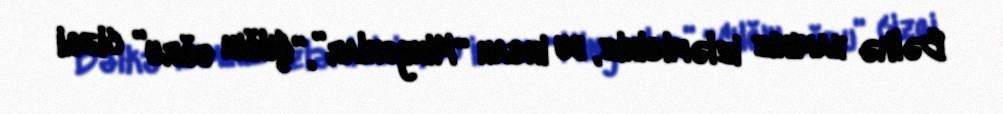
Bəlkə hamınız izləmisiniz, bu insan “Minyonlar”, “Çılğın oğru” cizgi